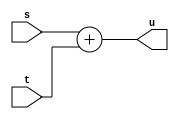
module adder(s,t,u);
input [31:0] s,t;
output [31:0] u;
assign u = s+t;
endmodule